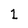
Character: 1